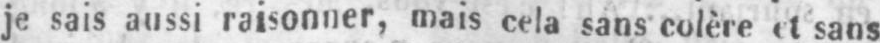
je sais aussi raisonner, mais cela sans colère et sans